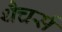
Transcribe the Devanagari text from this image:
थैचर्स